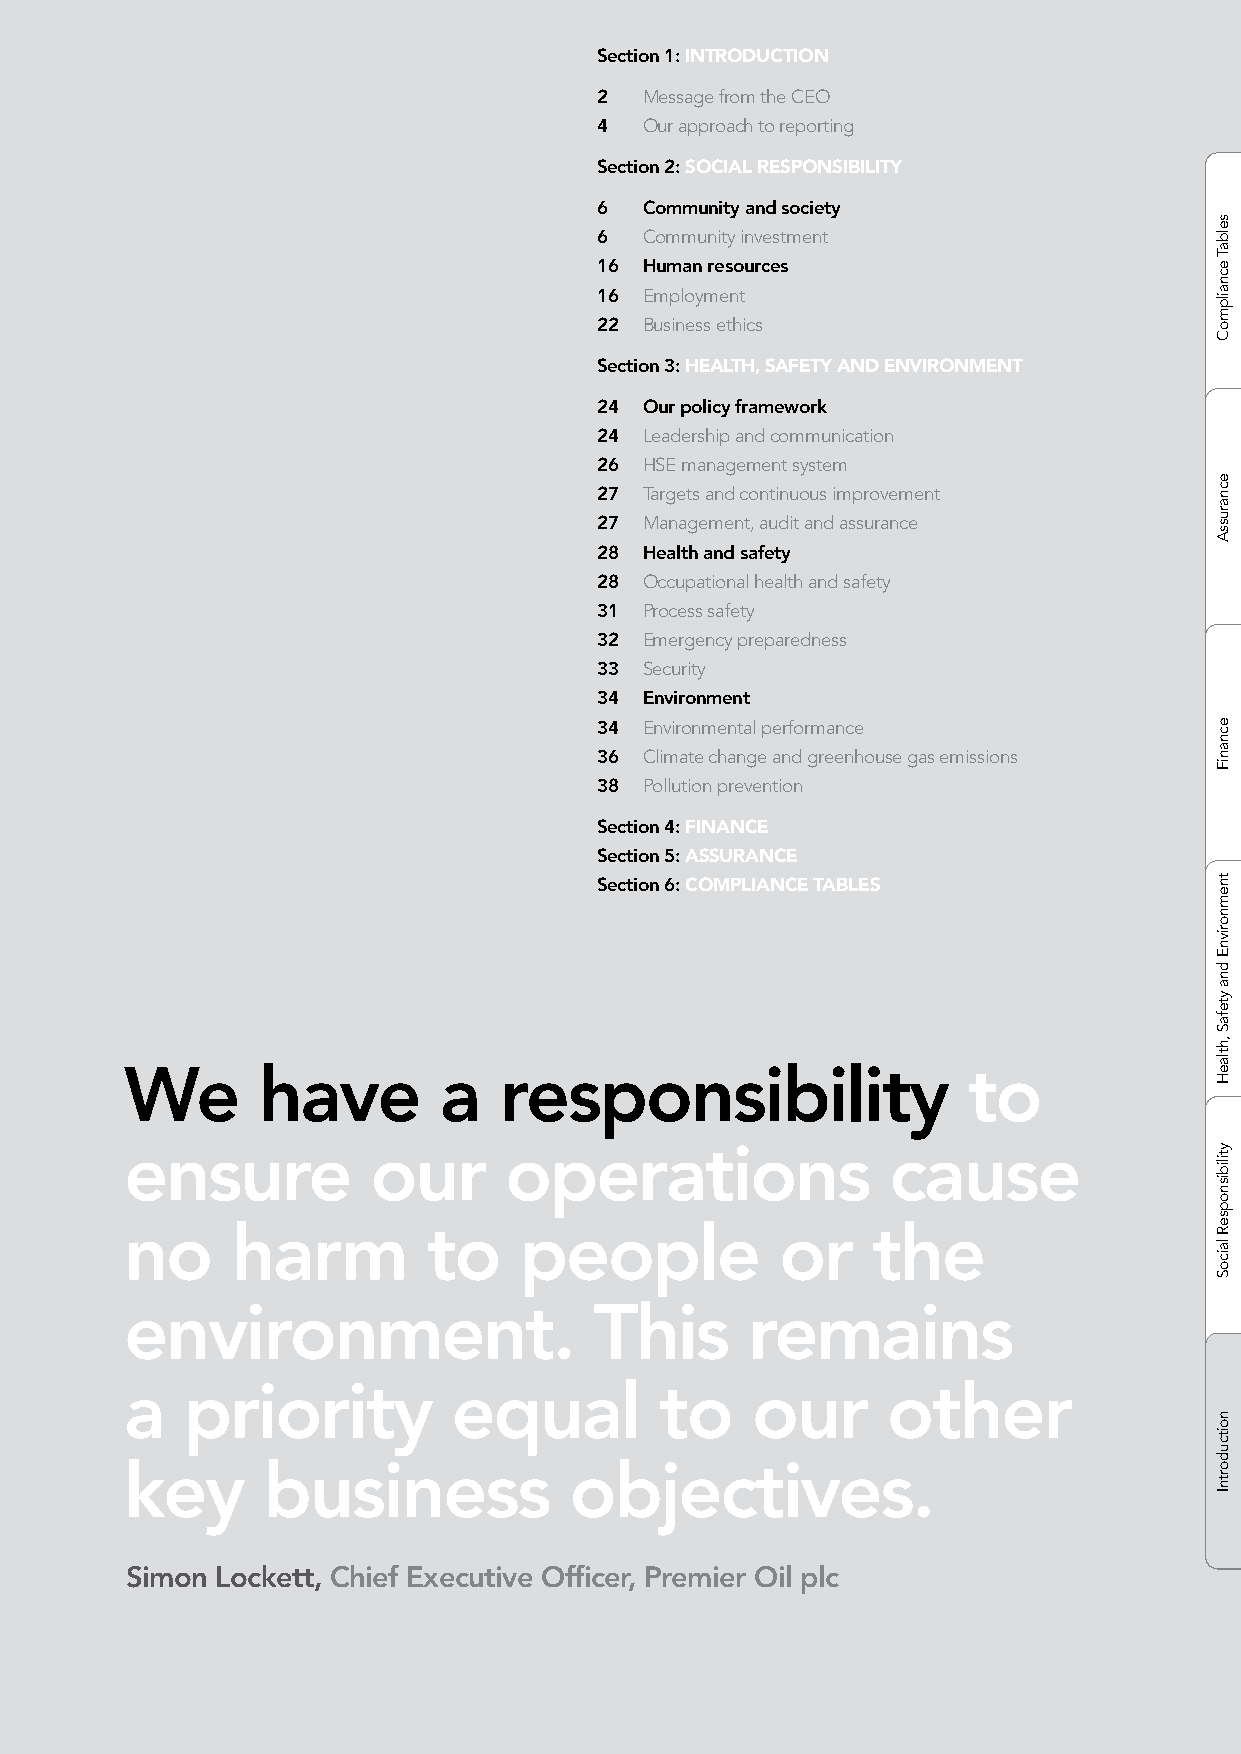
Section 1: INTRODUCTION
 2   Message from the CEO
 4   Our approach to reporting
 Section 2: SOCIAL RESPONSIBILITY
 6   Community and society
 6   Community investment
 16  Human resources
 16  Employment
 22  Business ethics
 Section 3: HEALTH, SAFETY AND ENVIRONMENT
 24  Our policy framework
 24  Leadership and communication
 26  HSE management system
 27  Targets and continuous improvement
 27  Management, audit and assurance
 28  Health and safety
 28  Occupational health and safety
 31  Process safety
 32  Emergency preparedness
 33  Security
 34  Environment
 34  Environmental performance
 36  Climate change and greenhouse gas emissions
 38  Pollution prevention
 Section 4: FINANCE
 Section 5: ASSURANCE
 Section 6: COMPLIANCE TABLES
 We       have        a   responsibility                 to
 ensure           our     operations                cause
 no     harm         to    people            or    the
 environment.                   This      remains
 a   priority          equal         to    our      other
 key      business             objectives.
 Simon Lockett, Chief Executive Officer, Premier Oil plc
 selbaT
 ecnailpmoC
 ecnarussA
 ecnaniF
 tnemnorivnE
 dna
 ytefaS
 ,htlaeH
 ytilibisnopseR
 laicoS
 noitcudortnI